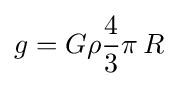
g=G\rho {\frac {4}{3}}\pi \,R